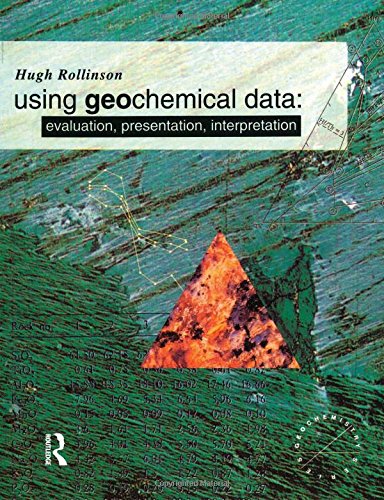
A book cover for Using Geochemical Data: Evaluation, Presentation, Interpretation (Longman Geochemistry Series); Hugh R. Rollinson; Science & Math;